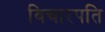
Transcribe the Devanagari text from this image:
विचारपति